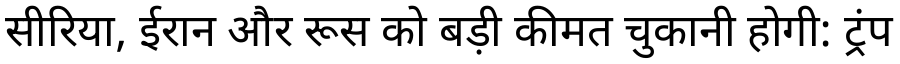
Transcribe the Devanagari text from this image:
सीरिया, ईरान और रूस को बड़ी कीमत चुकानी होगी: ट्रंप